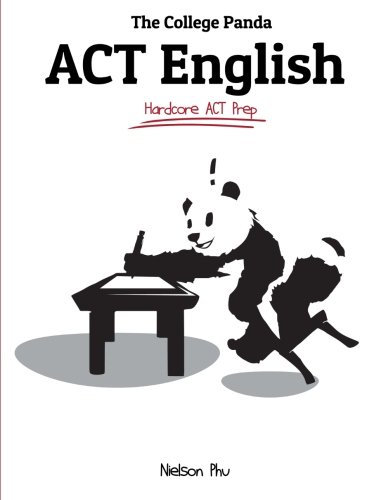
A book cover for The College Panda's ACT English: Hardcore ACT Prep; Nielson Phu; Test Preparation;